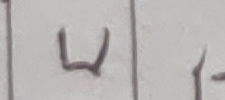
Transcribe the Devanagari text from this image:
प